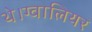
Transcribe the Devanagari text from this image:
थे।ग्वालियर